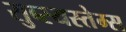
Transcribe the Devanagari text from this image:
सुब्स्यस्तेम्स